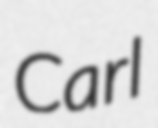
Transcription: Carl